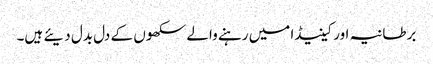
برطانیہ اور کینیڈا میں رہنے والے سکھوں کے دل بدل دیئے ہیں۔